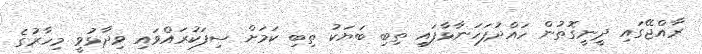
ރާއްޖޭގައި ދީނީގޮތުން ހައްދުފަހަނާޅާފައި ތިބި ބަޔަކު ތިބި ކަމަށް ސިފަކުރައްވައި ވިދާޅުވީ މިހާރުގެ